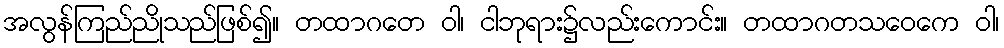
အလွန်ကြည်ညိုသည်ဖြစ်၍။ တထာဂတေ ဝါ၊ ငါဘုရား၌လည်းကောင်း။ တထာဂတသဝေကေ ဝါ၊